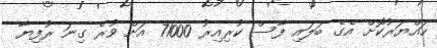
ހައްޔަރުކޮށް އެގެ ބަލައި ފާސް ކުރިއިރު 71000 އަށް ވުރެ ގިނަ ރުފިޔާ